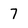
Character: 7